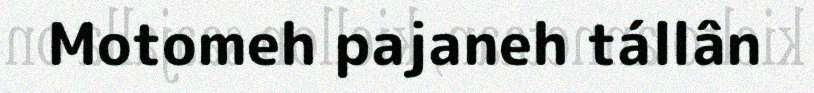
Motomeh pajaneh tállân